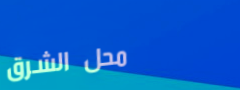
محل الشرق